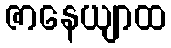
ဇာနေယျာထ